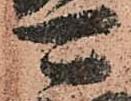
可